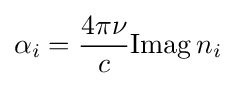
\alpha _{i}={\frac {4\pi \nu }{c}}\mathrm {Imag} \,n_{i}